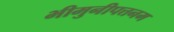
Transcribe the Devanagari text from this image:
भीमुनीपत्तनम